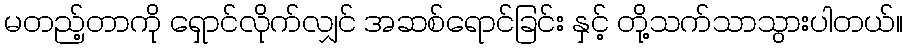
မတည့်တာကို ရှောင်လိုက်လျှင် အဆစ်ရောင်ခြင်း နှင့် တို့သက်သာသွားပါတယ်။